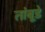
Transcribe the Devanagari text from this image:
तांबूडे